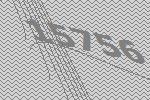
15756